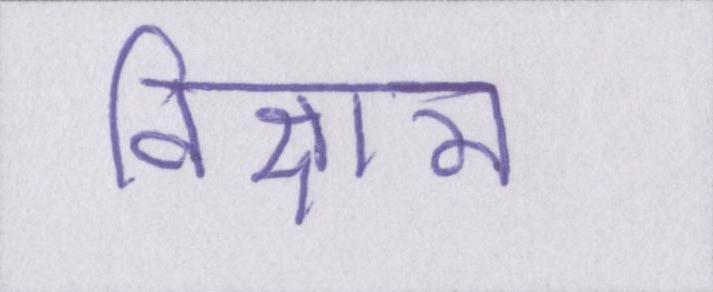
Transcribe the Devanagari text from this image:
विज्ञान